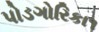
પોડગોરિકા૧